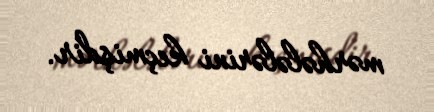
mərhələlərini keçmişdir.